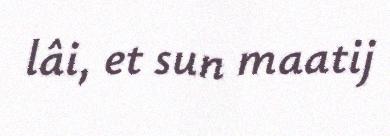
lâi, et sun maatij